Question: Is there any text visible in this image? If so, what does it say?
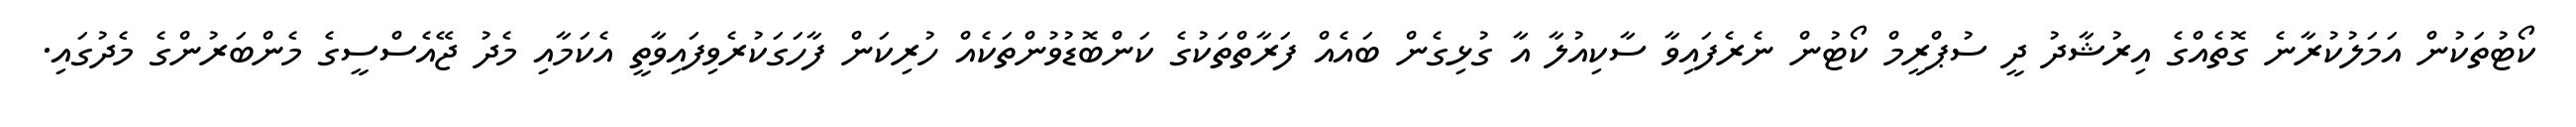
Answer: ކޯޓުތަކުން އަމަލުކުރާނެ ގޮތެއްގެ އިރުޝާދު ދީ ސުޕްރީމް ކޯޓުން ނެރެފައިވާ ސާކިއުލާ އާ ގުޅިގެން ބައެއް ފަރާތްތަކުގެ ކަންބޮޑުވުންތަކެއް ހުރިކަން ފާހަގަކުރެވިފައިވާތީ އެކަމާއި މެދު ޖޭއެސްސީގެ މެންބަރުންގެ މެދުގައި.